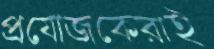
প্রযোজকেরাই